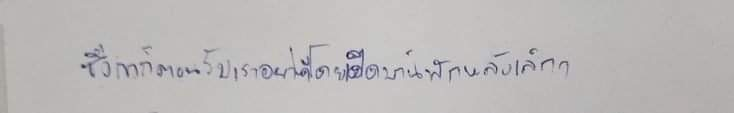
ซึ่งเขาก็ตอนรับเราอย่างดีโดยเปิดบ้านพักหลังเล็กๆ